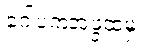
ဂေါပကအဖွဲ့ထံမှ